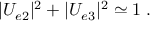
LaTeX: | U _ { e 2 } | ^ { 2 } + | U _ { e 3 } | ^ { 2 } \simeq 1 \; .